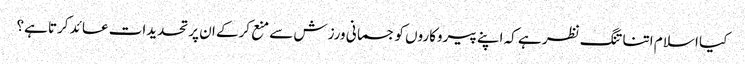
کیا اسلا م اتنا تنگ نظر ہے کہ اپنے پیروکاروں کو جسمانی ورزش سے منع کرکے ان پر تحدیدات عائد کرتا ہے؟